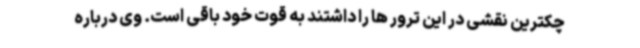
چکترین نقشی در این ترور ها را داشتند به قوت خود باقی است. وی درباره